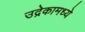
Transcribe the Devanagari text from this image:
उद्रेकामध्ये